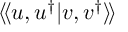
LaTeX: \langle \! \langle u , u ^ { \dagger } | { v } , { v } ^ { \dagger } \rangle \! \rangle